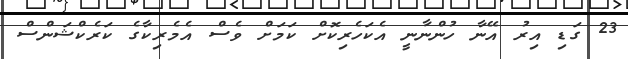
23 ގަޑި އިރު އޭނާ ހުންނާނީ އެކަހެރިކޮށް ކަމަށް ވެސް އެމެރިކާގެ ކަރެކްޝަންސް